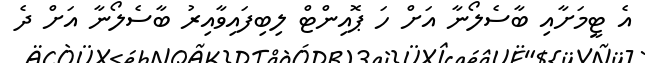
އެ ޓީމަށާއި ބާސެލޯނާ އަށް ހަ ޕޮއިންޓް ލިބިފައިވާއިރު ބާސެލޯނާ އަށް ދެ